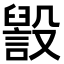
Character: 𣫏